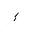
Letter: _hamza